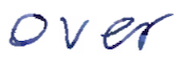
Text: over
Cross-out: clean
Writing tool: ballpoint